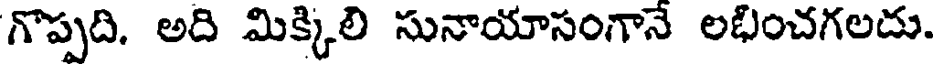
గొప్పది. అది మిక్కిలి సునాయాసంగానే లభించగలదు.